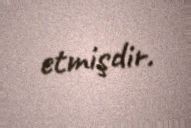
etmişdir.